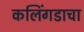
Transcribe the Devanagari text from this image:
कलिंगडाचा